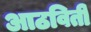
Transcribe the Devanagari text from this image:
आठविती